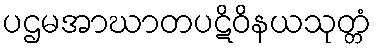
ပဌမအာဃာတပဋိဝိနယသုတ္တံ